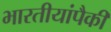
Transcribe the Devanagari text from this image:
भारतीयांपैकी